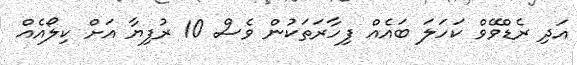
އަދި ރެޑްވޭވް ކަހަލަ ބައެއް ފިހާރަތަކުން ވެސް 10 ރުފިޔާ އަށް ކިލޯއެއް